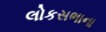
લોકસભાના